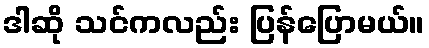
ဒါဆို သင်ကလည်း ပြန်ပြောမယ်။